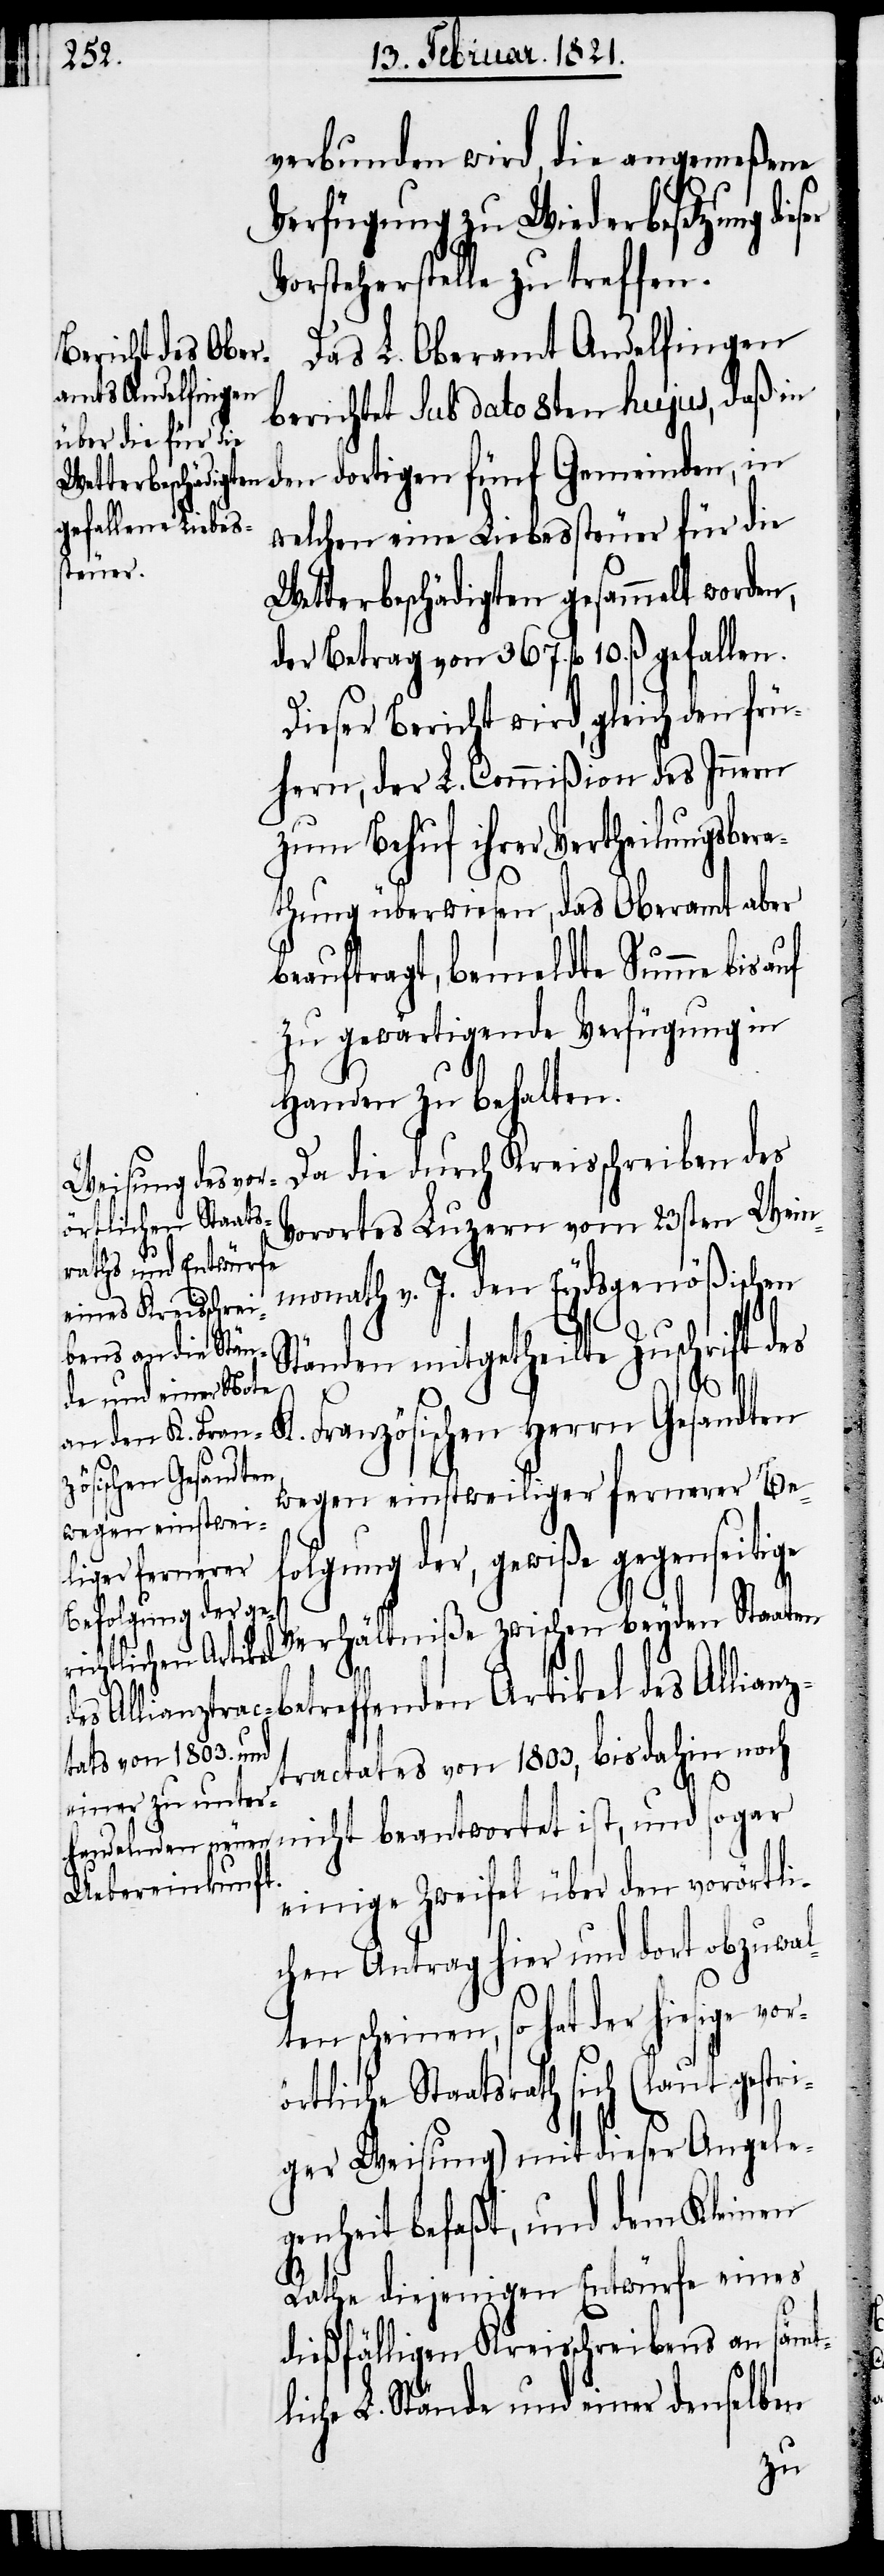
verbunden wird, die angemeßene
Verfügung zu Wiederbesetzung
Vorsteherstelle zu treffen.
Das L. Oberamt Andelfingen
berichtet sub dato 8ten hujus, daß in
den dortigen fünf Gemeinden, in
welchen eine Liebessteuer für die
Wetterbeschädigten gesammelt worden,
der Betrag von 367. fl. 10. ß gefallen.
Dieser Bericht wird, gleich den
hern, der L. Commißion des Innern
zum Behuf ihrer Vertheilungsber¬
athung überwiesen, das Oberamt aber
beauftragt, bemeldte Summe bis auf
zu gewärtigende Verfügung in
Handen zu behalten.
Da die durch Kreisschreiben des
örtliche Staats¬
Vorortes Luzern vom 23sten Wein¬
monath v. J. den Eydsgenößischen
Ständen mitgetheilte Zuschrift des
frü¬
K. Französischen Herrn Gesandten
wegen einstweiliger fernerer Be¬
folgung der, gewiße gegenseitige
Verhältniße zwischen beyden Staaten
betreffenden Artikel des Allianz¬
tractates von 1803, bis dahin noch
nicht beantwortet ist, und sogar
einige Zweifel über den vorörtli¬
chen Antrag hier und dort obzuwal¬
ten scheinen, so hat der hiesige vor¬
rath sich (laut gestr¬
iger Weisung) mit dieser Angele¬
genheit befaßt, und dem Kleinen
Rathe diejenigen Entwürfe eines
dießfälligen Kreisschreibens an sämt¬
liche L. Stände und einer denselben